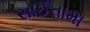
સાઈતામા